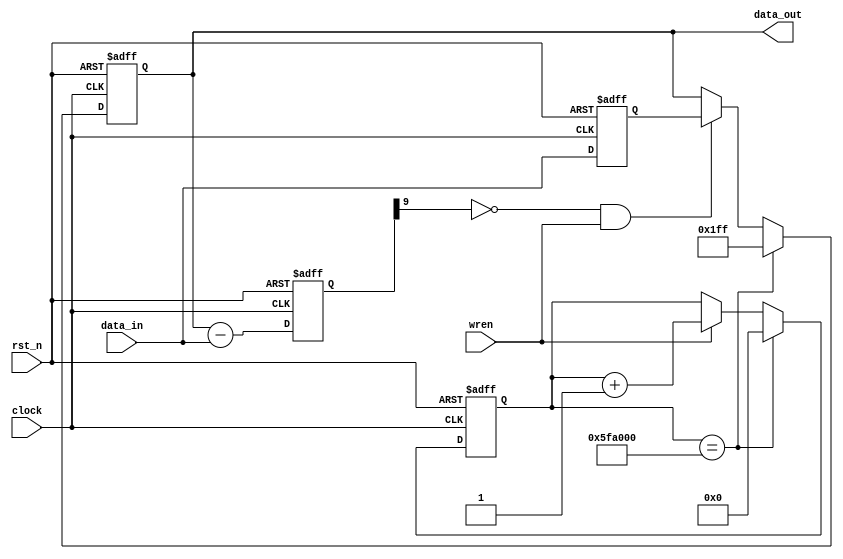
/**/
`define SET_TIME 	32'h5FA_000	//480*272
	module Lift_ctr(
		data_in,data_out,clock,rst_n,wren
	);

	input							clock;						//
	input							rst_n;						//
	input							wren;							//
					
	input	 	[ 8:0]			data_in;						//
	output 	[ 8:0]			data_out;					//
	
	reg 		[ 8:0]			data_out;					
	reg 		[ 8:0]			data_out_n;					//
	reg 		[ 8:0]			data_out_reg;				//
	wire 		[ 8:0]			data_out_reg_n;			//
						
	reg 		[ 9:0]			data_out_sub;				//
	wire 		[ 9:0]			data_out_sub_n;			//
	
	reg		[31:0]			time_cnt;					//1s
	reg		[31:0]			time_cnt_n;					//time_cnt

	//
	always @ (posedge clock or negedge rst_n)
	begin
		if(!rst_n)
			time_cnt	<= 32'h0;
		else
			time_cnt	<= time_cnt_n;
	end

	/* , */
	always @ (*)
	begin
		if(time_cnt == `SET_TIME)  
			time_cnt_n = 32'h0;
		else if(wren)
			time_cnt_n = time_cnt + 32'h1;
		else
			time_cnt_n = time_cnt;
	end
	
	/**/
	always @ (posedge clock or negedge rst_n)
	begin
		if(!rst_n)
			data_out_reg <= 9'h0;
		else
			data_out_reg <= data_out_reg_n;
	end

	/* , */
	assign data_out_reg_n = data_in;

	/**/
	always @ (posedge clock or negedge rst_n)
	begin
		if(!rst_n)
			data_out_sub <= 1'h0;
		else
			data_out_sub <= data_out_sub_n;
	end	

	assign data_out_sub_n = {1'h0, data_out} - {1'h0, data_in};
	
	/**/
	always @ (posedge clock or negedge rst_n)
	begin
		if(!rst_n)
			data_out	<= 9'h1ff;
		else
			data_out	<= data_out_n;
	end

	/* , */
	always @ (*)
	begin
		if(time_cnt == `SET_TIME) 
			data_out_n = 9'h1ff;
		else if(!data_out_sub[9] && wren)
			data_out_n = data_out_reg;
		else
			data_out_n = data_out;
	end
	
	
endmodule